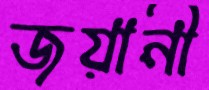
জয়ানী